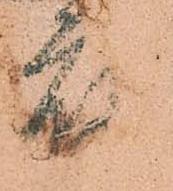
應